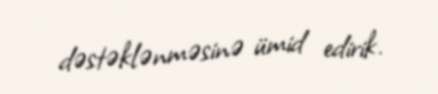
dəstəklənməsinə ümid edirik.